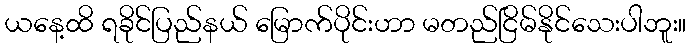
ယနေ့ထိ ရခိုင်ပြည်နယ် မြောက်ပိုင်းဟာ မတည်ငြိမ်နိုင်သေးပါဘူး။